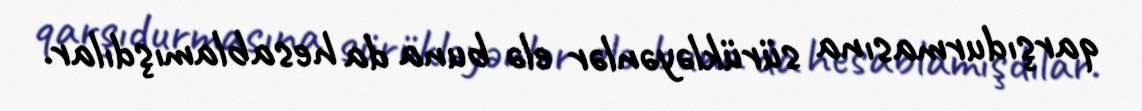
qarşıdurmasına sürükləyənlər elə buna da hesablamışdılar.